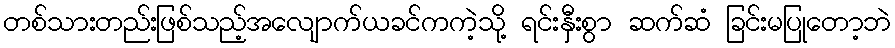
တစ်သားတည်းဖြစ်သည့်အလျောက်ယခင်ကကဲ့သို့ ရင်းနှီးစွာ ဆက်ဆံ ခြင်းမပြုတော့ဘဲ